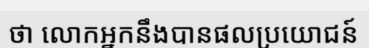
ថា លោកអ្នកនឹងបានផលប្រយោជន៍